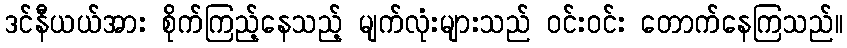
ဒင်နီယယ်အား စိုက်ကြည့်နေသည့် မျက်လုံးများသည် ဝင်းဝင်း တောက်နေကြသည်။